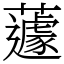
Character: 蘧